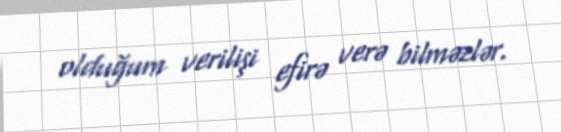
olduğum verilişi efirə verə bilməzlər.